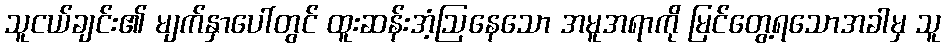
သူငယ်ချင်း၏ မျက်နှာပေါ်တွင် ထူးဆန်းအံ့ဩနေသော အမူအရာကို မြင်တွေ့ရသောအခါမှ သူ